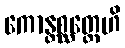
ကောန္တစ္ဆတ္တေဟိ